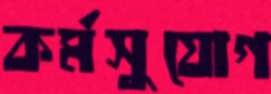
কর্মসুযোগ